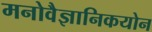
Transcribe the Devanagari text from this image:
मनोवैज्ञानिकयोन